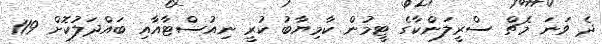
ދެ ވަނަ މެޗް ސްރީލަންކާގެ ޓީމުން ކާމިޔާބު ކުރީ ނިއުސްޓާއާއި ބައްދަލުކޮށް 119